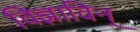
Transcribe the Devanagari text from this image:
विज्ञाविन्